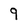
Character: 9